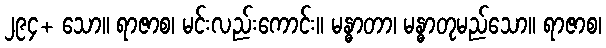
၂၉၄+ သော။ ရာဇာစ၊ မင်းလည်းကောင်း။ မန္ဓာတာ၊ မန္ဓာတုမည်သော။ ရာဇာစ၊